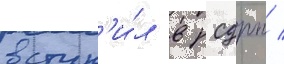
вступ'и́л в рсдрп /